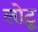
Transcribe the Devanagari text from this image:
लोटू